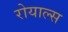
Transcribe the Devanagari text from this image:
रोयाल्स